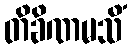
တိခိဏမသိံ